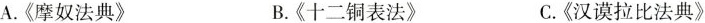
A.《摩奴法典》B.《十二铜表法》C.《汉谟拉比法典》